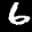
Label: 6